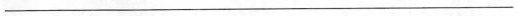
___